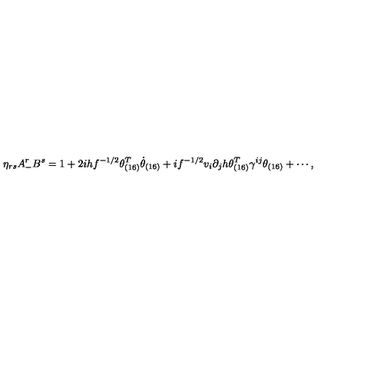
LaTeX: \eta _ { r s } A _ { - } ^ { r } B ^ { s } = 1 + 2 i h f ^ { - 1 / 2 } \theta _ { ( 1 6 ) } ^ { T } \dot { \theta } _ { ( 1 6 ) } + i f ^ { - 1 / 2 } v _ { i } \partial _ { j } h \theta _ { ( 1 6 ) } ^ { T } \gamma ^ { i j } \theta _ { ( 1 6 ) } + \cdots ,